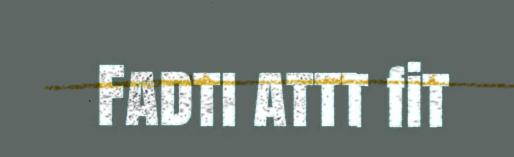
Fadti attt fit